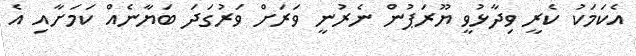
އެކަމަކު ކެރީ ވިދާޅުވީ ޔޫރަޕުން ނެރުނީ ވަރަށް ވަރުގަދަ ބަޔާނެއް ކަމަށާއި އެ